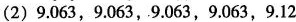
(2)9.063，9.063，9.063，9.063，9.12